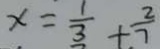
x = \frac { 1 } { 3 } + \frac { 2 } { 7 }